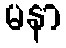
မနာ